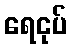
ရေငုပ်